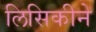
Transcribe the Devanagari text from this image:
लिसिकीने